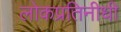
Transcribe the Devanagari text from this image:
लोकप्रतिनीधी